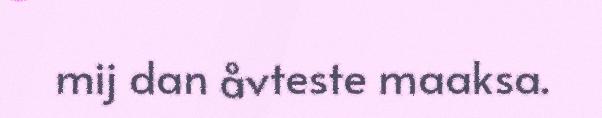
mij dan åvteste maaksa.